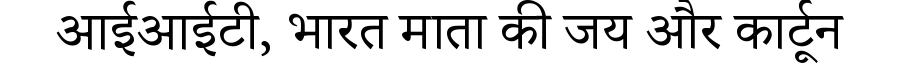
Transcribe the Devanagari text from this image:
आईआईटी, भारत माता की जय और कार्टून